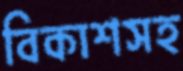
বিকাশসহ